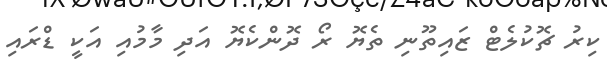
ކިރު ޗޮކުލެޓް ޒައިތޫނި ތެޔޮ ރޯ ދޮންކެޔޮ އަދި މާމުއި އަކީ ޑްރައި